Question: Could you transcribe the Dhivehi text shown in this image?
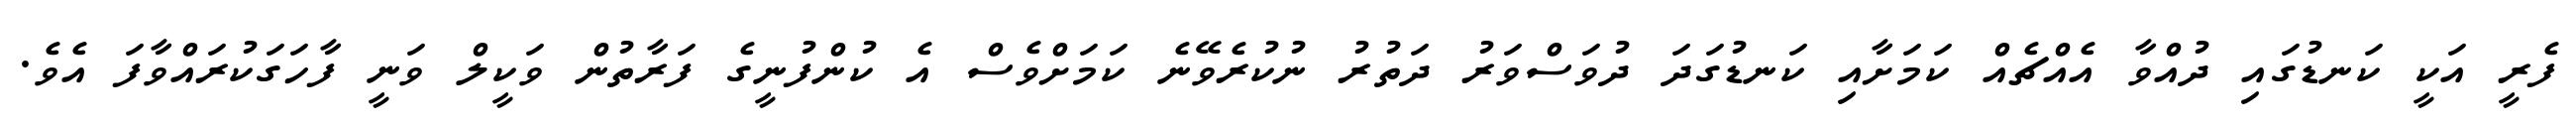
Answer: ފެރީ އަކީ ކަނޑުގައި ދުއްވާ އެއްޗެއް ކަމަށާއި ކަނޑުގަދަ ދުވަސްވަރު ދަތުރު ނުކުރެވޭނެ ކަމަށްވެސް އެ ކުންފުނީގެ ފަރާތުން ވަކީލް ވަނީ ފާހަގަކުރައްވާފަ އެވެ.